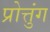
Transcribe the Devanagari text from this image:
प्रोत्तुंग